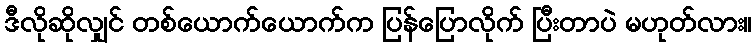
ဒီလိုဆိုလျှင် တစ်ယောက်ယောက်က ပြန်ပြောလိုက် ပြီးတာပဲ မဟုတ်လား။